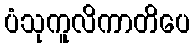
ပံသုကူလိကာတိပေ